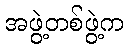
အဖွဲ့တစ်ဖွဲ့က